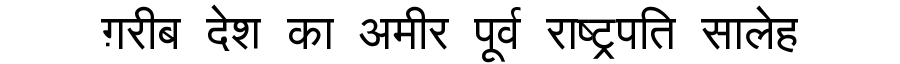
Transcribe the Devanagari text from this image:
ग़रीब देश का अमीर पूर्व राष्ट्रपति सालेह